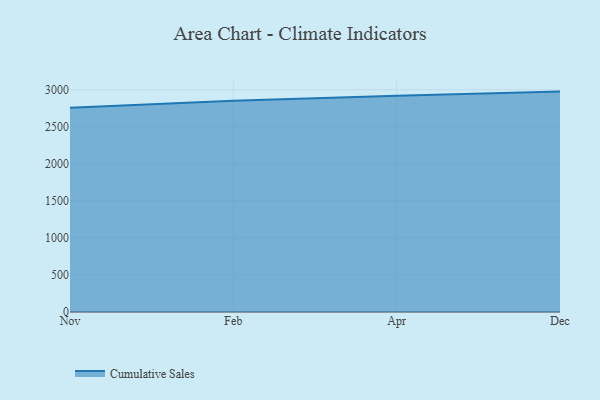
{"axis": {"x": "Month", "y": "Satisfaction Score"}, "legend": ["Cumulative Sales"], "data": [{"x": "Nov", "y": 2755.4, "type": "Cumulative Sales"}, {"x": "Feb", "y": 2850.0, "type": "Cumulative Sales"}, {"x": "Apr", "y": 2919.6, "type": "Cumulative Sales"}, {"x": "Dec", "y": 2974.2, "type": "Cumulative Sales"}]}